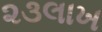
૨૩લાખ